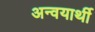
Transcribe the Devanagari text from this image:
अन्वयार्थी